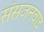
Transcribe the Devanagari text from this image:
संसजनवाद